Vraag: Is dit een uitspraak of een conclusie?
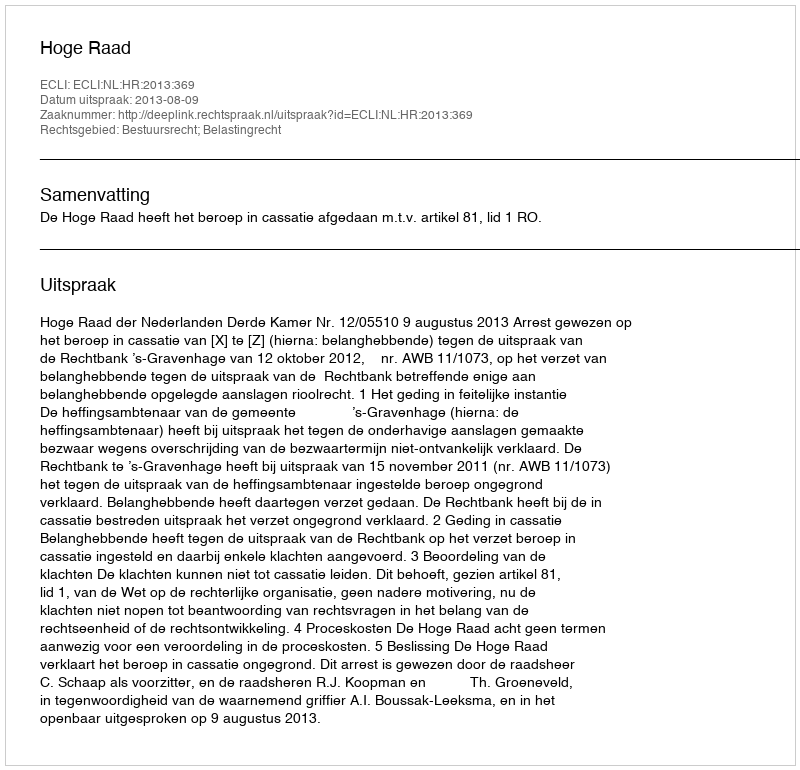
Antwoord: Uitspraak